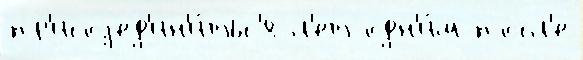
пр'исоjед'ин'и́тьс'я л'ет одн'и́м посл'е